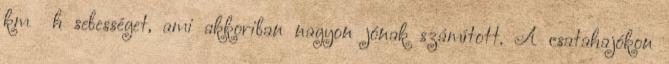
km h sebességet, ami akkoriban nagyon jónak számított. A csatahajókon